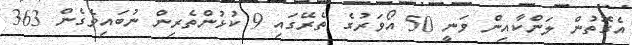
އެގޮތުން ލަންކާއިން ވަނީ 50 އޯވަރުގެ ތެރޭގައި 9 ކުޅުންތެރިން ނުބައިވެގެން 363